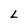
Character: L